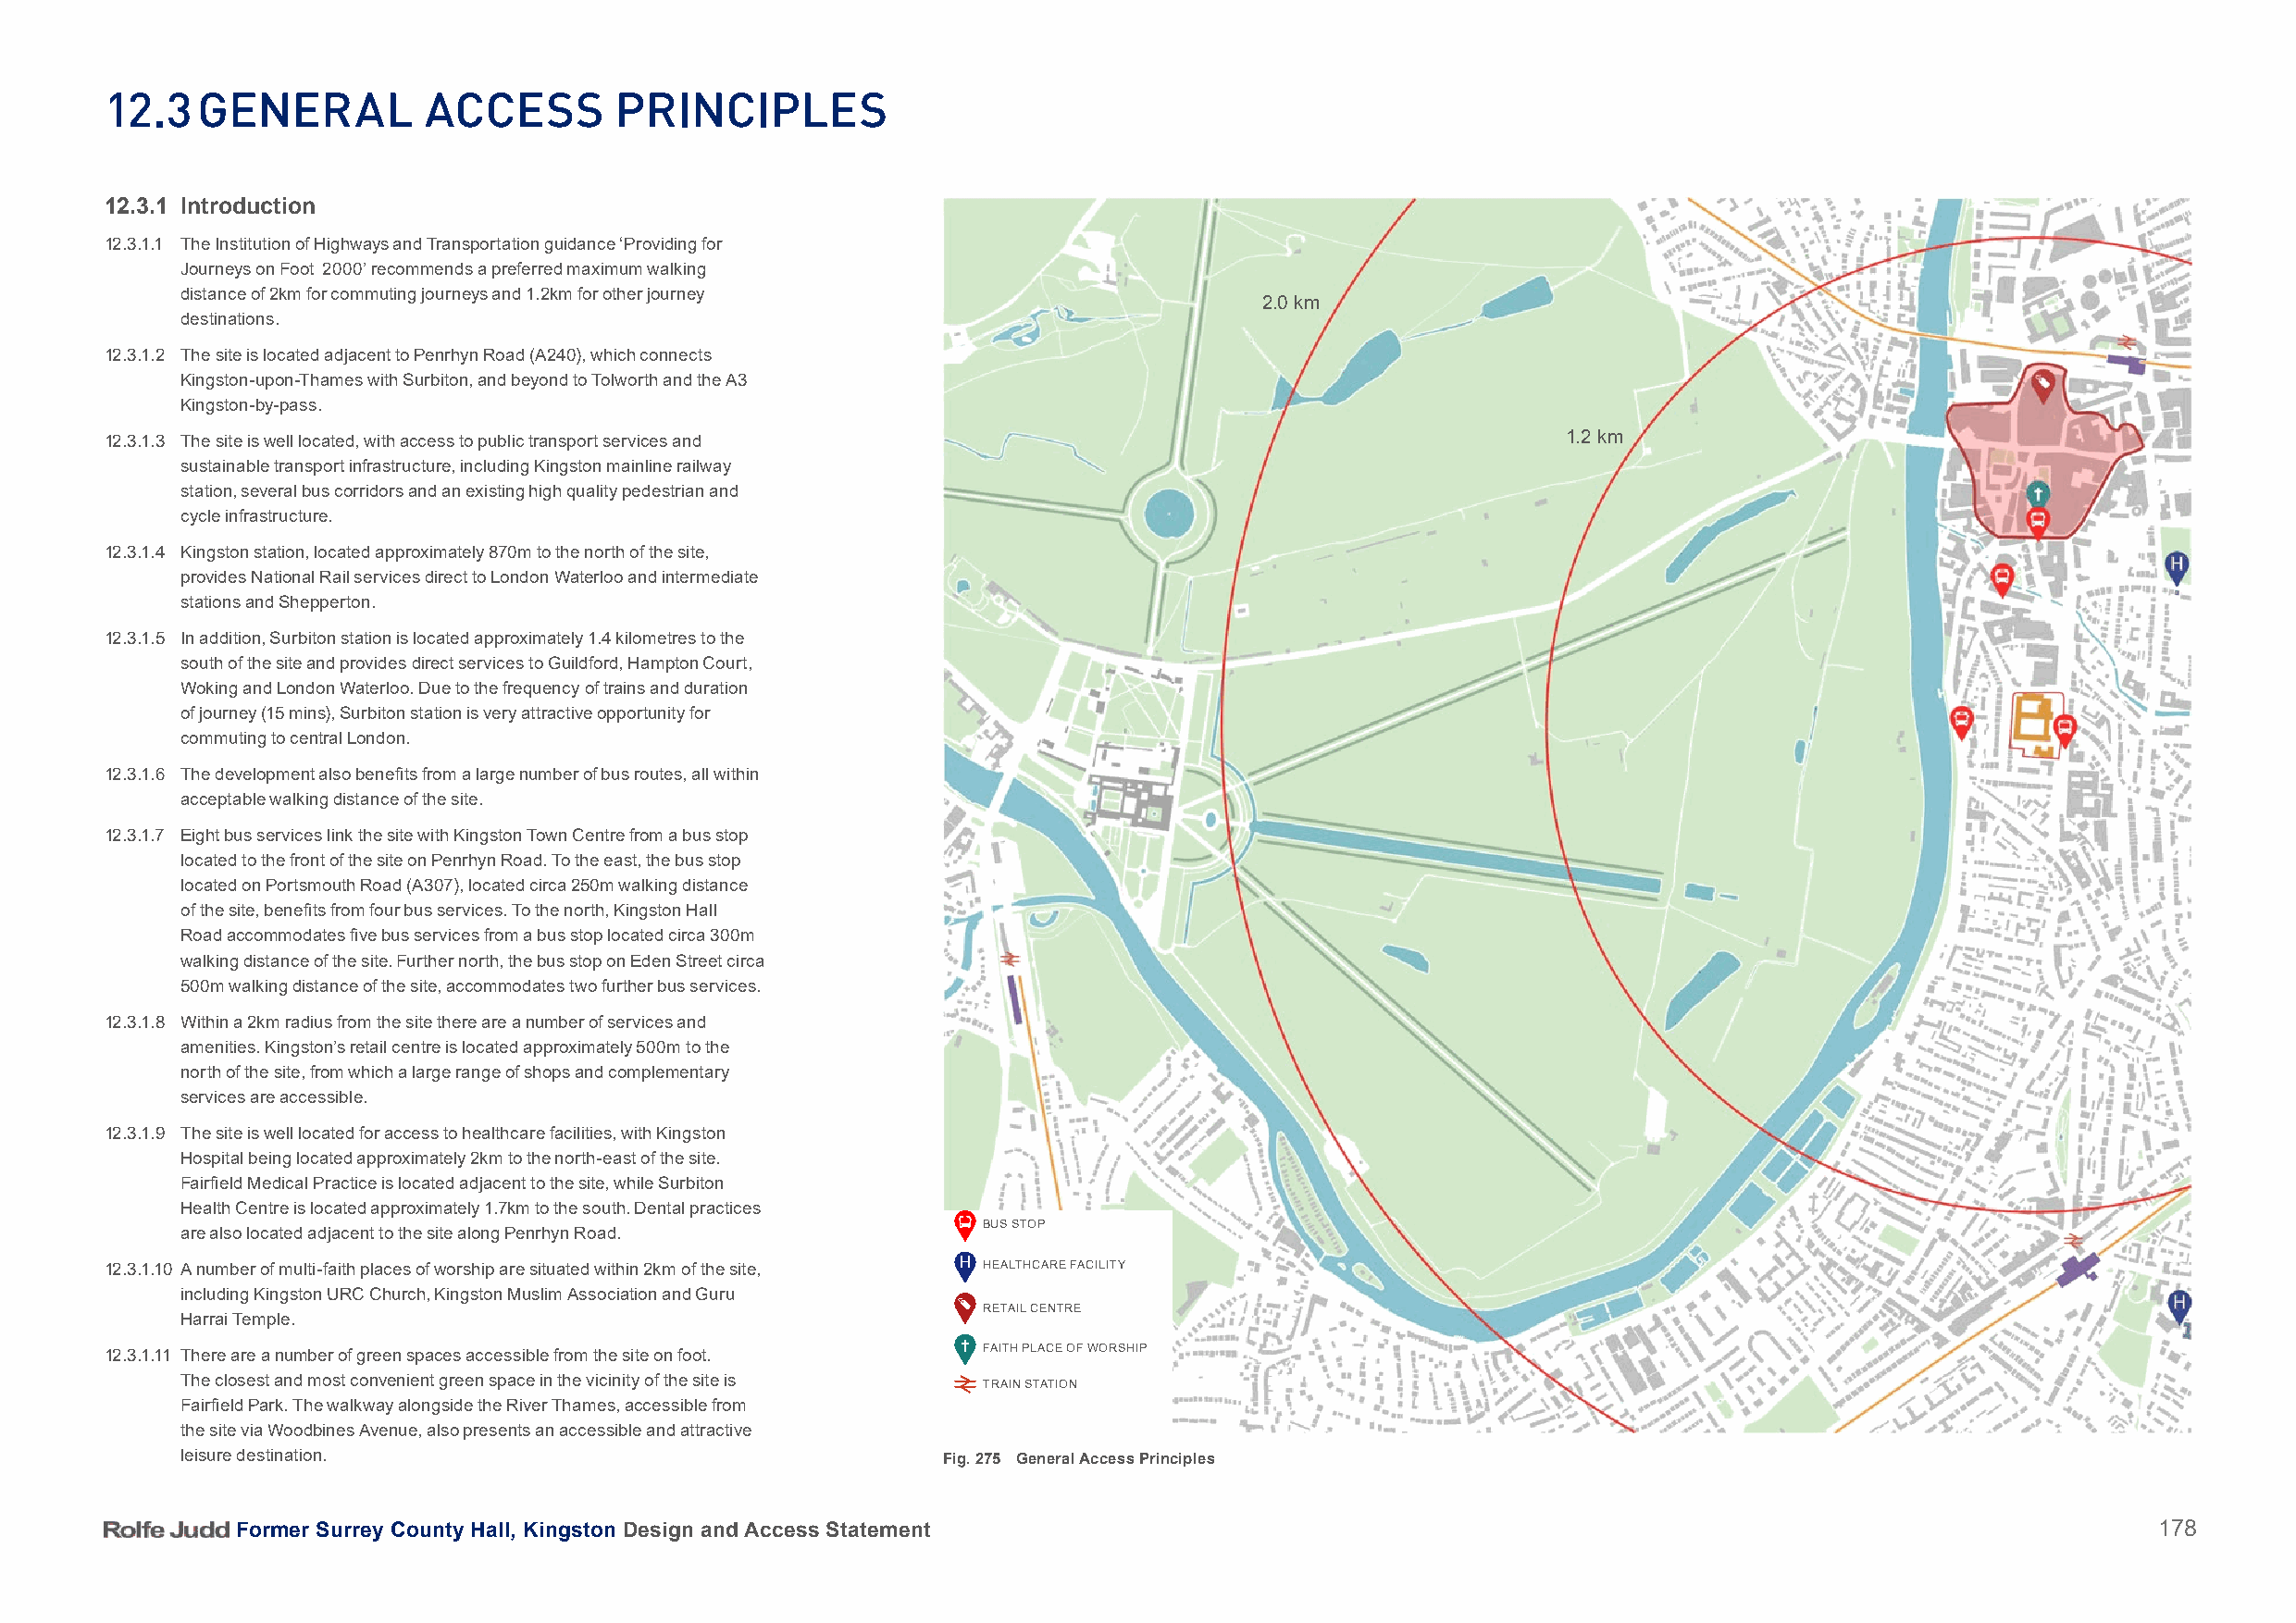
12.3   general         aCCeSS        PrinCiPleS
 12.3.1 Introduction
 12.3.1.1 The Institution of Highways and Transportation guidance ‘Providing for
 Journeys on Foot 2000’ recommends a preferred maximum walking
 distance of 2km for commuting journeys and 1.2km for other journey
 2.0 km
 destinations.
 12.3.1.2 The site is located adjacent to Penrhyn Road (A240), which connects
 Kingston-upon-Thames with Surbiton, and beyond to Tolworth and the A3
 Kingston-by-pass.
 12.3.1.3 The site is well located, with access to public transport services and                          1.2 km
 sustainable transport infrastructure, including Kingston mainline railway
 station, several bus corridors and an existing high quality pedestrian and
 cycle infrastructure.
 12.3.1.4 Kingston station, located approximately 870m to the north of the site,
 provides National Rail services direct to London Waterloo and intermediate
 stations and Shepperton.
 12.3.1.5 In addition, Surbiton station is located approximately 1.4 kilometres to the
 south of the site and provides direct services to Guildford, Hampton Court,
 Woking and London Waterloo. Due to the frequency of trains and duration
 of journey (15 mins), Surbiton station is very attractive opportunity for
 commuting to central London.
 12.3.1.6 The development also benefits from a large number of bus routes, all within
 acceptable walking distance of the site.
 12.3.1.7 Eight bus services link the site with Kingston Town Centre from a bus stop
 located to the front of the site on Penrhyn Road. To the east, the bus stop
 located on Portsmouth Road (A307), located circa 250m walking distance
 of the site, benefits from four bus services. To the north, Kingston Hall
 Road accommodates five bus services from a bus stop located circa 300m
 walking distance of the site. Further north, the bus stop on Eden Street circa
 500m walking distance of the site, accommodates two further bus services.
 12.3.1.8 Within a 2km radius from the site there are a number of services and
 amenities. Kingston’s retail centre is located approximately 500m to the
 north of the site, from which a large range of shops and complementary
 services are accessible.
 12.3.1.9 The site is well located for access to healthcare facilities, with Kingston
 Hospital being located approximately 2km to the north-east of the site.
 Fairfield Medical Practice is located adjacent to the site, while Surbiton
 Health Centre is located approximately 1.7km to the south. Dental practices
 BUS STOP
 are also located adjacent to the site along Penrhyn Road.
 H
 12.3.1.10 A number of multi-faith places of worship are situated within 2km of the site, HEALTHCARE FACILITY
 including Kingston URC Church, Kingston Muslim Association and Guru
 RETAIL CENTRE
 Harrai Temple.
 12.3.1.11 There are a number of green spaces accessible from the site on foot. FAITH PLACE OF WORSHIP
 The closest and most convenient green space in the vicinity of the site is TRAIN STATION
 Fairfield Park. The walkway alongside the River Thames, accessible from
 the site via Woodbines Avenue, also presents an accessible and attractive
 leisure destination.                                  Fig. 275 General Access Principles
 Former Surrey County Hall, Kingston Design and Access Statement                                                                          178